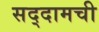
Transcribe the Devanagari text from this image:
सद्दामची